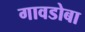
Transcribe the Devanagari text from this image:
गावडोबा